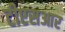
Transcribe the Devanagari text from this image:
टीएसआर